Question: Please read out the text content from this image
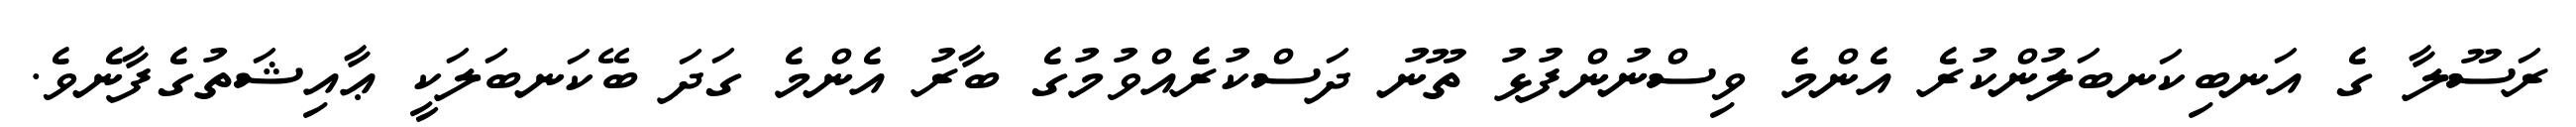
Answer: ރަސޫލާ ގެ އަނބިކަނބަލުންކުރެ އެންމެ ވިސްނުންފުޅު ތޫނު ދަސްކުރެއްވުމުގެ ބާރު އެންމެ ގަދަ ބޭކަނބަލަކީ ޢާއިޝަތުގެފާނެވެ.